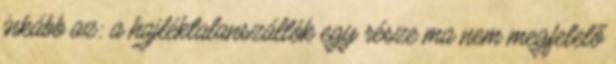
inkább az: a hajléktalanszállók egy része ma nem megfelelő